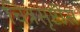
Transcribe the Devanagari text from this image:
चित्रसृष्टीस